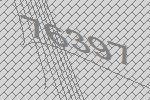
76397